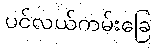
ပင်လယ်ကမ်းခြေ